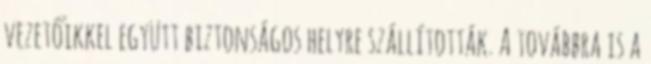
vezetőikkel együtt biztonságos helyre szállították. A továbbra is a